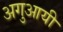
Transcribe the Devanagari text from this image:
अगुआयी